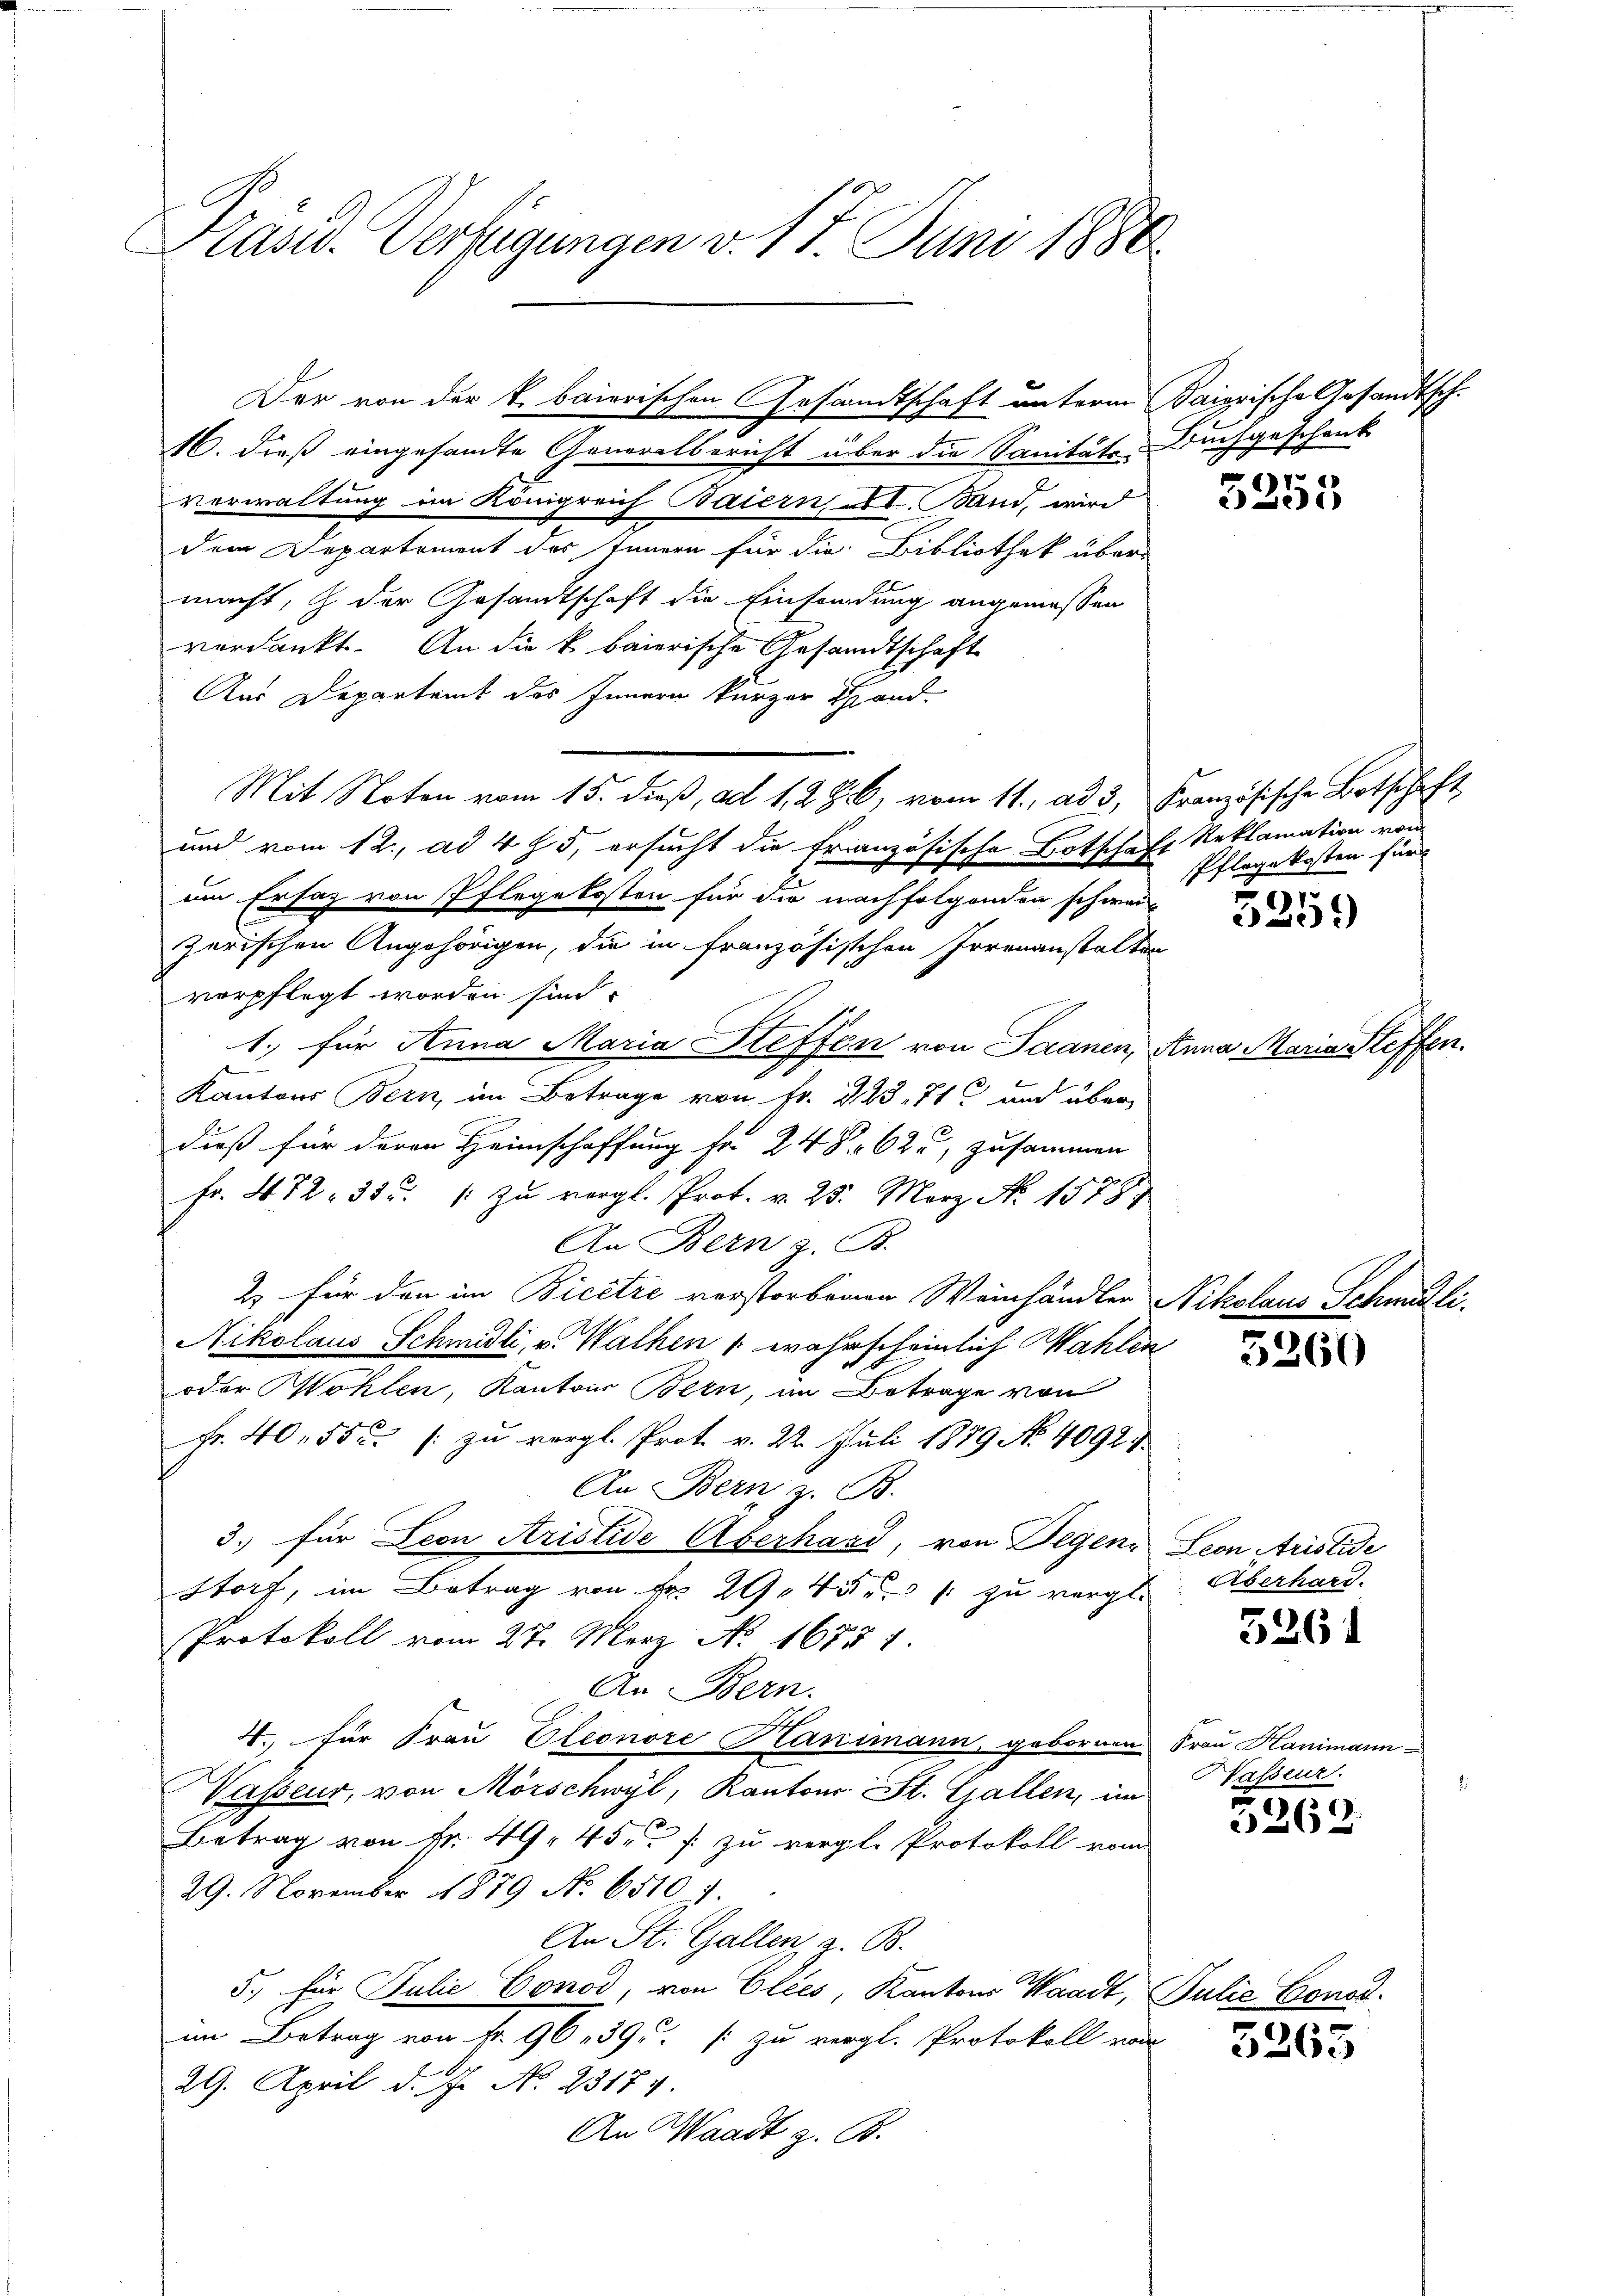
Präsid. Verfügungen v. 17. Juni 1880

16. dieß eingesandte Generalbericht über die Sanitäts-Buchgeschenk
verwaltung im Königreich Baiern et. Band, wird
dem Departement des Innern für die Bibliothek über
macht, & der Gesandtschaft die Einsendung angemessen
verdankt. An die k. baierische Gesandtschaft
Aus Departamt des Innern kurzer Hand-
und vom 12. ad 475, ersucht die französische Botschaft Reklamation von
im Ersatz von Pflegekosten für die nachfolgenden schweizerischen Angehörigen, die in französischen Irrenanstalten
verpflegt worden sind.
1. für Anna Maria Steffen von Saanen, Anna Maria Steffen.
2
Kantons Bern im Betrage von Fr. 223. 71 und über
u
dieß für deren Heimschaffung fr. 248. 62, zusammen
Fr. 472. 335. 1 zŭ vergl. Prot. v. 25. März. No. 1578
An Bern z. B.
2 für den im Bicetze verstorbenen Weinhändler Nikolaus Schmitte¬
Nikolaus Schmidli, v. Wachen & wahrscheinlich Wahlen
oder Wohlen, Kantons Bern, im Betrage von
Fr. 40, 555. (: zu vergl. Prot. v. 22. Juli 1879 No 40927.
An Bern, z. B.
3. für Leon Aristide Überhard, von Degen Leon Aristide
storf, im Betrag von Fr. 29. 45 zu vergle
Protokoll vom 27. März No. 16751.
An Bern.
4. für Frau Pleonore Hanimann, gebornen Frau Hanimann
Wasseur, von Mörschwyl, Kantons St. Gallen, im
Betrag von Fr. 49. 45 f. zu vergl. Protokoll vom
29. November 1879 No 6510 f.
An St. Gallen, z. B.
5., für Julie Conod, von Elees, Kantons Waadt, Julie
im Betrag von fr. 96. 39. zu vergl. Protokoll vom
29. April d. Js. No. 23174.
An Waadt z. B.

Mit Noten vom 15. dieß, ad 1. 2. Z. b, vom 11. ad 3. Französische Botschaft

Der von der k. baierischen Gesandtschaft unterm Baierische Gesandtsch.

Pflegekosten für

5255

5259

5260

Überhard.

5261

Hasseur.

5269.

5263